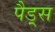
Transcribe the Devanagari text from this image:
पैड़्स